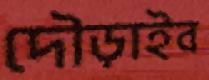
দৌড়াইব